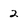
Character: 2